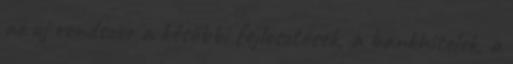
az új rendszer a későbbi fejlesztések, a bankhitelek, a